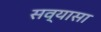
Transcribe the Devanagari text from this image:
सव्यासा